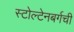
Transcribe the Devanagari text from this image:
स्टोल्टेनबर्गची